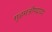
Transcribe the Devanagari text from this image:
गृहमंत्रीपदावर